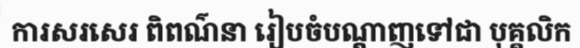
ការសរសេរ ពិពណ៌នា រៀបចំបណ្តាញទៅជា បុគ្គលិក